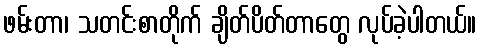
ဖမ်းတာ၊ သတင်းစာတိုက် ချိတ်ပိတ်တာတွေ လုပ်ခဲ့ပါတယ်။